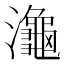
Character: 𪷾